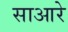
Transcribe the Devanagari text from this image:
साआरे